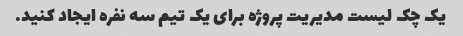
یک چک لیست مدیریت پروژه برای یک تیم سه نفره ایجاد کنید.